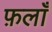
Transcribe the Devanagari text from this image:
फ़लाँ